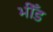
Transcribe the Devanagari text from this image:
भीँड